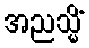
အညသ္မိံ